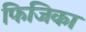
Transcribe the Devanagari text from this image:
फिजिका